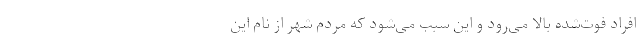
افراد فوت‌شده بالا می‌رود و این سبب می‌شود که مردم شهر از نام این